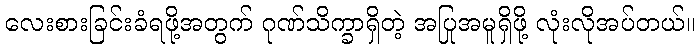
လေးစားခြင်းခံရဖို့အတွက် ဂုဏ်သိက္ခာရှိတဲ့ အပြုအမူရှိဖို့ လုံးလိုအပ်တယ်။